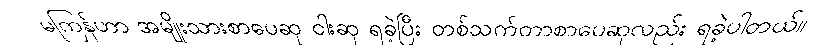
မကြန်ဟာ အမျိုးသားစာပေဆု ငါးဆု ရခဲ့ပြီး တစ်သက်တာစာပေဆုလည်း ရခဲ့ပါတယ်။